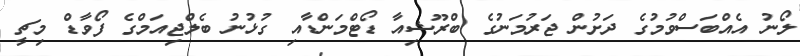
ލޯނު އެއްބަސްވުމުގެ ދަށުން ޖަރުމަނުގެ ބްރޫޝިއާ ޑޯޓްމަންޑާއި ގުޅުނު ބެލްޖިއަމްގެ ފޯވާޑް މިޗީ